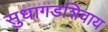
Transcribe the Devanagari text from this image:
सुधागडशिवाय